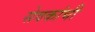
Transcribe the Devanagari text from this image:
सेवकांची